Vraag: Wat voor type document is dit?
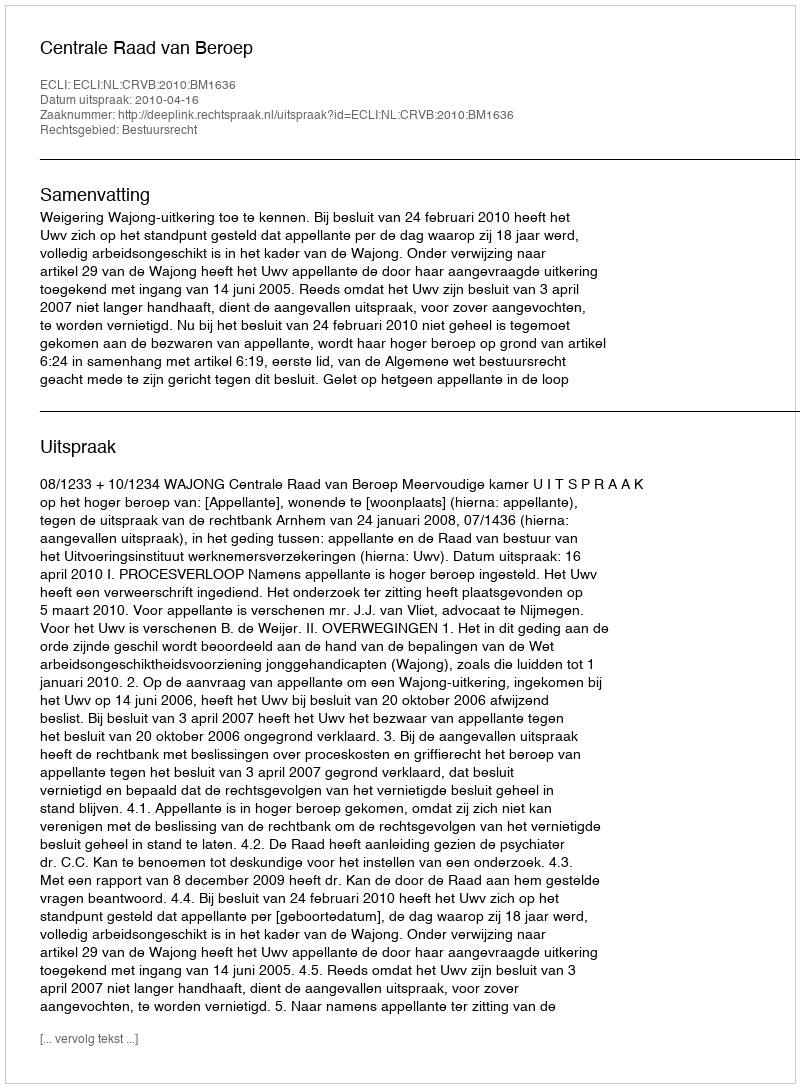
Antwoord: Uitspraak